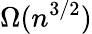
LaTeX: \Omega(n^{3/2})